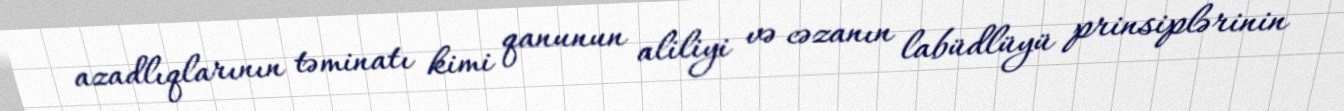
azadlıqlarının təminatı kimi qanunun aliliyi və cəzanın labüdlüyü prinsiplərinin